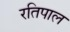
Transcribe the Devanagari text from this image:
रतिपाल